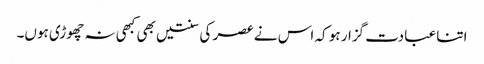
اتنا عبادت گزار ہو کہ اس نے عصر کی سنتیں بھی کبھی نہ چھوڑی ہوں۔